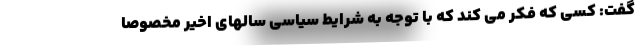
گفت: کسی که فکر می کند که با توجه به شرایط سیاسی سالهای اخیر مخصوصا